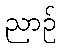
ညာဉ်